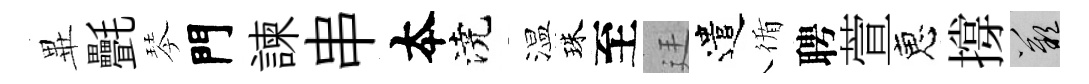
𭺾㲲琴門諫串夲澆温珠至廷遣循聘萱恵撐嘆